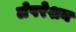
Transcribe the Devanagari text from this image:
लेपरेशन